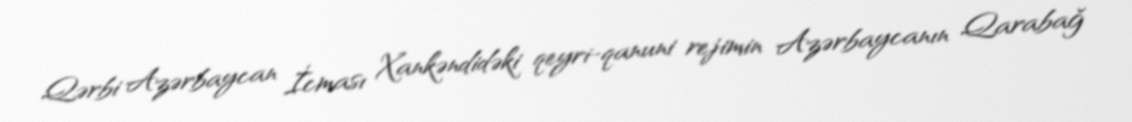
Qərbi Azərbaycan İcması Xankəndidəki qeyri-qanuni rejimin Azərbaycanın Qarabağ